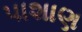
પાશાણ